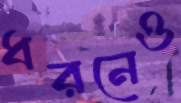
ধরনেও